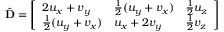
\hat { \mathbf { D } } = \left[ \begin{array} { l l l } { 2 u _ { x } + v _ { y } } & { \frac 1 2 ( u _ { y } + v _ { x } ) } & { \frac 1 2 u _ { z } } \\ { \frac 1 2 ( u _ { y } + v _ { x } ) } & { u _ { x } + 2 v _ { y } } & { \frac 1 2 v _ { z } } \end{array} \right]